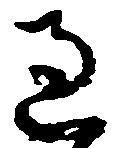
過